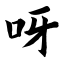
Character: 呀